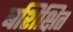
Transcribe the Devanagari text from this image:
बशिक्षित